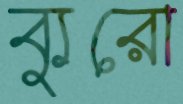
ব্যুরো